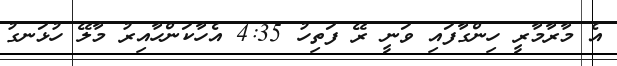
އެ މާރާމާރީ ހިންގާފައި ވަނީ ރޭ ފަތިހު 4:35 އެހާކަންހާއިރު މާލޭ ހުޅަނގު